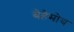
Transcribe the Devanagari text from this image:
बेहेमोथ